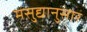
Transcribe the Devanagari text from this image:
मसुद्यानुसार